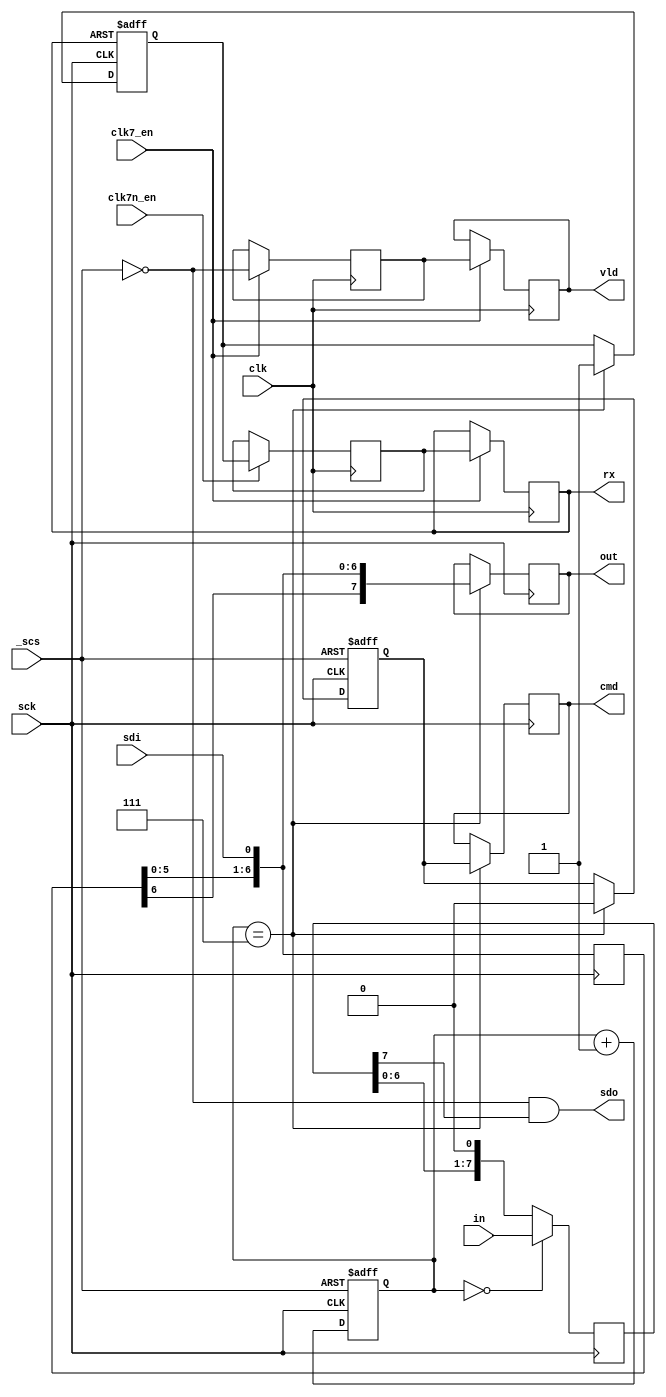
module userio_osd_spi
(
	input 	clk,		    //pixel clock
  input clk7_en,
  input clk7n_en,
	input	_scs,			//SPI chip select
	input	sdi,		  	//SPI data in
	output	sdo,	 		//SPI data out
	input	sck,	  		//SPI clock
	input	[7:0] in,		//parallel input data
	output reg	[7:0] out,		//parallel output data
	output	reg rx,		//byte received
	output	reg cmd,		//first byte received
  output  vld     // valid
);
//locals
reg [2:0] bit_cnt;		//bit counter
reg [7:0] sdi_reg;		//input shift register	(rising edge of SPI clock)
reg [7:0] sdo_reg;		//output shift register	 (falling edge of SPI clock)
reg new_byte;			//new byte (8 bits) received
reg rx_sync;			//synchronization to clk (first stage)
reg first_byte;		//first byte is going to be received
// spi valid synchronizers
reg spi_valid=0, spi_valid_sync=0;
always @ (posedge clk) begin
  if (clk7_en) begin
    {spi_valid, spi_valid_sync} <= #1 {spi_valid_sync, ~_scs};
  end
end
assign vld = spi_valid;
always @(posedge sck)
		sdi_reg <= #1 {sdi_reg[6:0],sdi};
always @(posedge sck)
    if (bit_cnt==7)
      out <= #1 {sdi_reg[6:0],sdi};
always @(posedge sck or posedge _scs)
	if (_scs)
		bit_cnt <= #1 0;					//always clear bit counter when CS is not active
	else
		bit_cnt <= #1 bit_cnt + 3'd1;		//increment bit counter when new bit has been received
//this signal goes high for one clk clock period just after new byte has been received
//it's synchronous with clk, output data shouldn't change when rx is active
always @(posedge sck or posedge rx)
	if (rx)
		new_byte <= #1 0;		//cleared asynchronously when rx is high (rx is synchronous with clk)
	else if (bit_cnt == 3'd7)
		new_byte <= #1 1;		//set when last bit of a new byte has been just received
always @(posedge clk)
  if (clk7n_en) begin
	  rx_sync <= #1 new_byte;	//double synchronization to avoid metastability
  end
always @(posedge clk)
  if (clk7_en) begin
  	rx <= #1 rx_sync;			//synchronous with clk
  end
//this signal becomes active after reception of first byte
//when any other byte is received it's deactivated indicating data bytes
always @(posedge sck or posedge _scs)
	if (_scs)
		first_byte <= #1 1'b1;		//set when CS is not active
	else if (bit_cnt == 3'd7)
		first_byte <= #1 1'b0;		//cleared after reception of first byte
always @(posedge sck)
	if (bit_cnt == 3'd7)
		cmd <= #1 first_byte;		//active only when first byte received
always @(negedge sck)	//output change on falling SPI clock
	if (bit_cnt == 3'd0)
		sdo_reg <= #1 in;
	else
		sdo_reg <= #1 {sdo_reg[6:0],1'b0};
assign sdo = ~_scs & sdo_reg[7];	//force zero if SPI not selected
endmodule